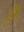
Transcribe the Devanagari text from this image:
हेेै